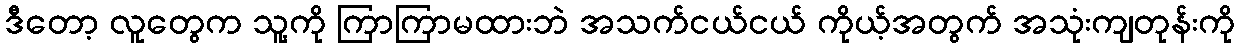
ဒီတော့ လူတွေက သူ့ကို ကြာကြာမထားဘဲ အသက်ငယ်ငယ် ကိုယ့်အတွက် အသုံးကျတုန်းကို